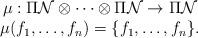
LaTeX: \begin{align*}\begin{array}{c}\mu: \Pi {\cal N}\otimes\dots \otimes \Pi {\cal N} \rightarrow \Pi {\cal N}\\\mu(f_1, \dots, f_n)=\{f_1, \dots, f_n\}.\end{array}\end{align*}